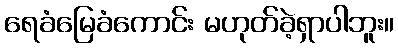
ရေခံမြေခံကောင်း မဟုတ်ခဲ့ရှာပါဘူး။